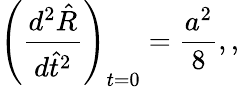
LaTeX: \left(\frac{d^{2}\hat{R}}{d\hat{t}^{2}}\right)_{t=0}=\frac{a^{2}}{8},,